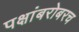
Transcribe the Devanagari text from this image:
पक्षांबरोबरच